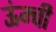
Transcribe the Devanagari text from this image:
ऊंम्ची